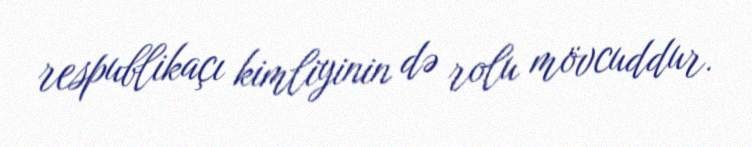
respublikaçı kimliyinin də rolu mövcuddur.